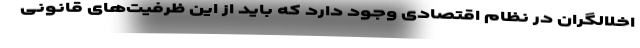
اخلالگران در نظام اقتصادی وجود دارد که باید از این ظرفیت‌های قانونی